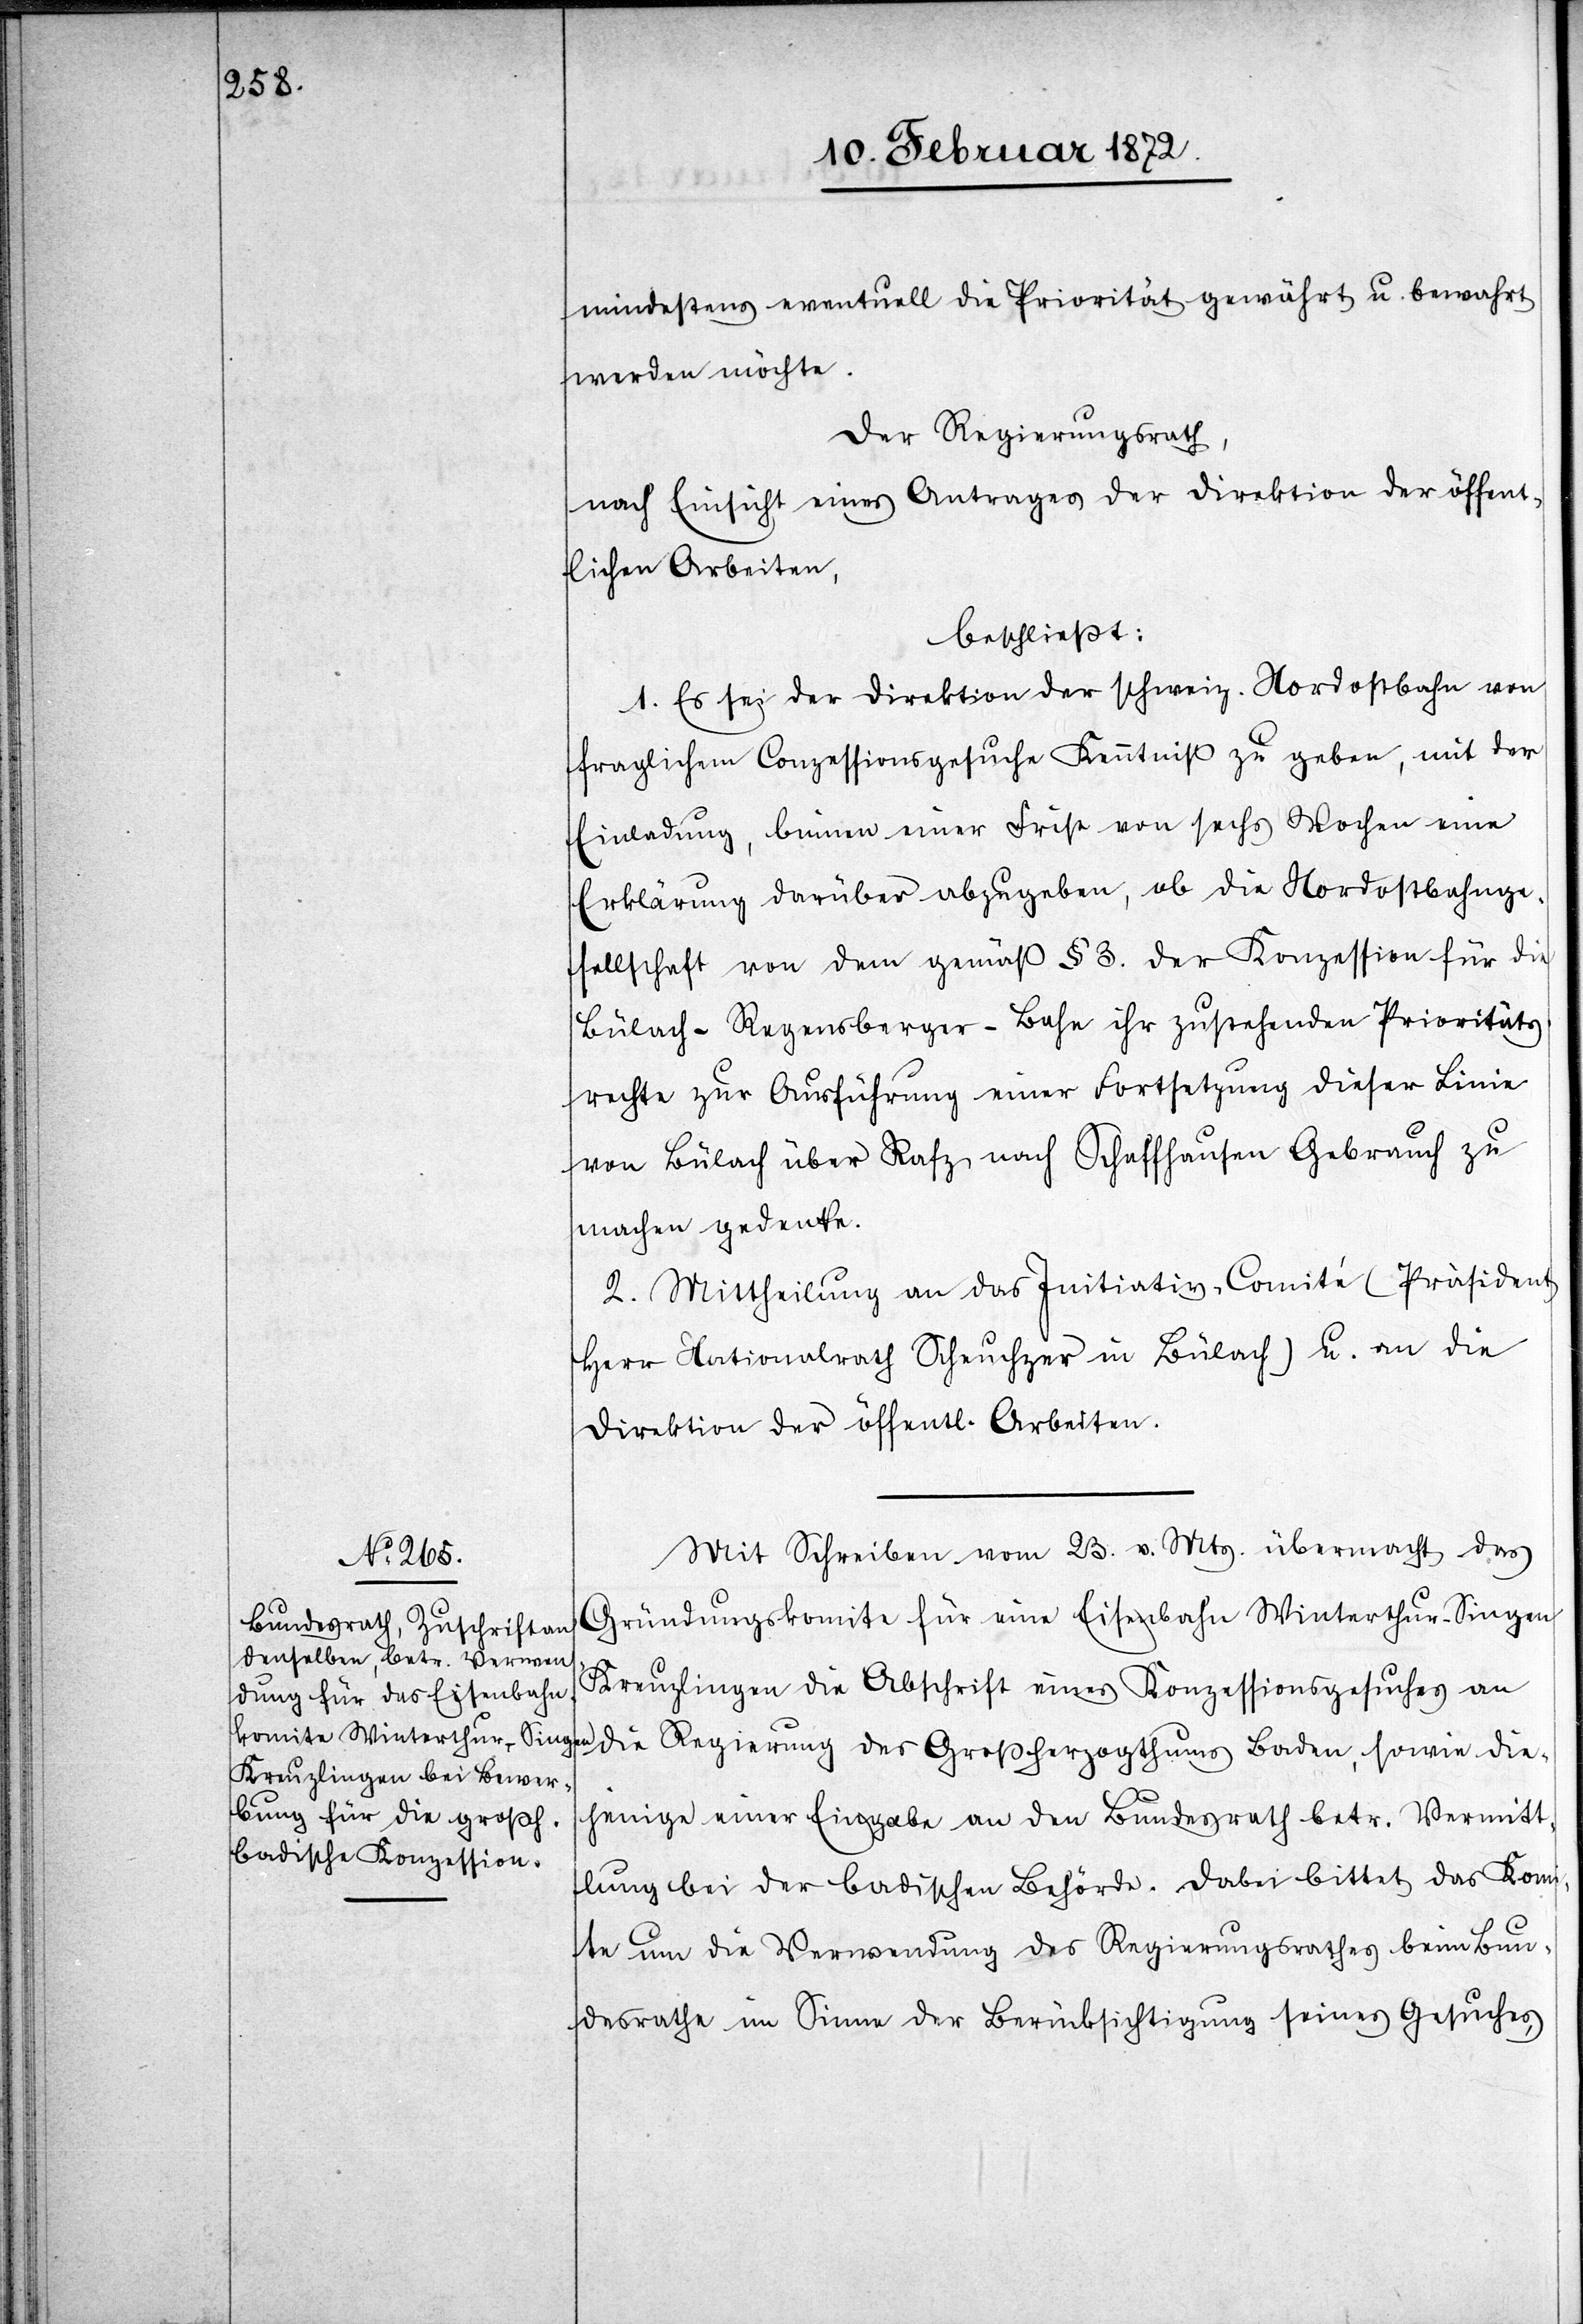
n[–]K¬

mindestens eventuell die Priorität gewährt u. bewahrt
werden möchte.
Der Regierungsrath
nach Einsicht eines Antrages der Direktion der öffent¬
lichen Arbeiten,
beschließt:
1. Es sei der Direktion der schweiz. Nordostbahn von
fraglichem Conzessionsgesuche Kenntniß zu geben, mit der
Einladung, binnen einer Frist von sechs Wochen eine
Erklärung darüber abzugeben, ob die Nordostbahnge¬
sellschaft von dem gemäß § 3. der Konzession für die
Bülach–Regensberger-Bahn ihr zustehenden Prioritäts¬
rechte zur Ausführung einer Fortsetzung dieser Linie
von Bülach über Rafz nach Schaffhausen Gebrauch zu
machen gedenke.
2. Mittheilung an das Initiativ-Comité (Präsident
Herr Nationalrath Scheuchzer in Bülach) u. an die
Direktion der öffentlichen Arbeiten.
Mit Schreiben vom 23. v. Mts. übermacht das
Gründungskomite für eine Eisenbahn Winterthur–Singe¬
reuzlingen die Abschrift eines Konzessionsgesuches an
die Regierung des Großherzogthums Baden, sowie die¬
jenige einer Eingabe an den Bundesrath betr. Vermitt¬
lung bei der badischen Behörde. Dabei bittet das Komi¬
tee um die Verwendung des Regierungsrathes beim Bun¬
desrathe im Sinne der Berücksichtigung seines Gesuches,